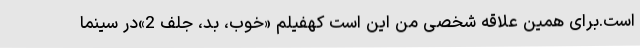
است.برای همین علاقه شخصی من این است کهفیلم «خوب، بد، جلف 2»در سینما